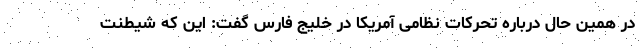
در همین حال درباره تحرکات نظامی آمریکا در خلیج فارس گفت: این که شیطنت